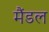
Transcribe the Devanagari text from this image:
मैंडल